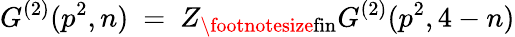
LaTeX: G^{(2)}(p^{2},n)~=~Z_{\mathrm{\footnotesize{fin}}}G^{(2)}(p^{2},4-n)